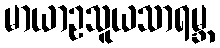
မာယာဥသူယသာရမ္ဘ